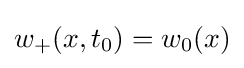
w_{+}(x,t_{0})=w_{0}(x)